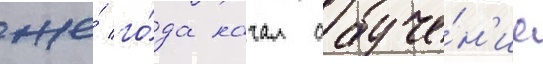
же́ го́да начал обуче́н'ие